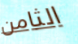
الثامن